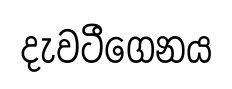
දැවටීගෙනය